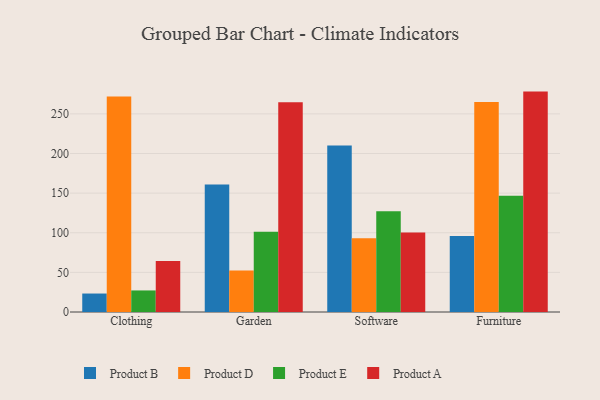
{"axis": {"x": "Category", "y": "Humidity (%)"}, "legend": ["Product A", "Product B", "Product D", "Product E"], "data": [{"x": "Clothing", "y": 23.3, "type": "Product B"}, {"x": "Clothing", "y": 271.9, "type": "Product D"}, {"x": "Clothing", "y": 27.2, "type": "Product E"}, {"x": "Clothing", "y": 64.5, "type": "Product A"}, {"x": "Garden", "y": 160.8, "type": "Product B"}, {"x": "Garden", "y": 52.4, "type": "Product D"}, {"x": "Garden", "y": 101.2, "type": "Product E"}, {"x": "Garden", "y": 264.6, "type": "Product A"}, {"x": "Software", "y": 210.1, "type": "Product B"}, {"x": "Software", "y": 93.2, "type": "Product D"}, {"x": "Software", "y": 127.1, "type": "Product E"}, {"x": "Software", "y": 100.4, "type": "Product A"}, {"x": "Furniture", "y": 95.9, "type": "Product B"}, {"x": "Furniture", "y": 265.0, "type": "Product D"}, {"x": "Furniture", "y": 146.6, "type": "Product E"}, {"x": "Furniture", "y": 278.1, "type": "Product A"}]}